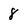
Character: 8